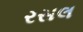
રસલ